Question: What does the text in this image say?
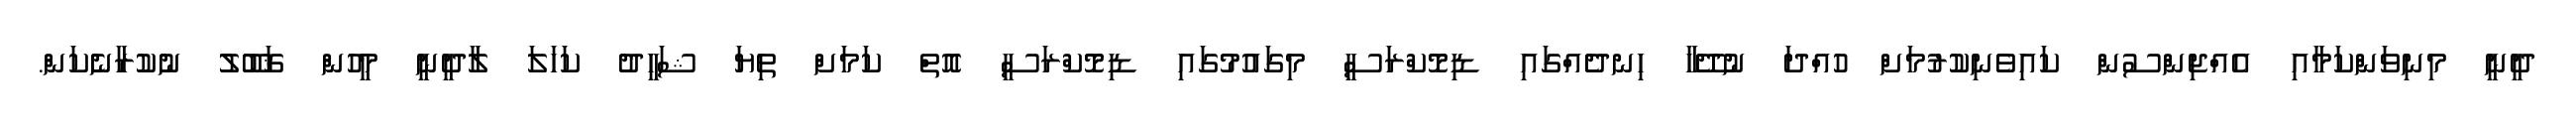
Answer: ދީނީ މިނިވަންކަމާއި އެއްޖިންސުން ކައިވެނިކުރުމަށް ހުއްދަ ނުދޭހާ ހިނދެއްގައި ޑިމޮކްރަސީ މިގައުމުގައި ޑިމޮކްރަސީ އޮތް ކަމަށް ތިޔަ ޝަހީދު ކަހަލަ ލާދީނީ މީހުން ޤަބޫލު ނުކުރާނެކަން.